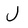
Character: J